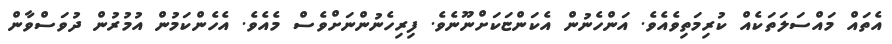
އެތައް މައްސަލަތަކެއް ކުރިމަތިވެއެވެ. އަންހެނުން އެކަންޏަކަށްނޫނެވެ. ފިރިހެނުންނަށްވެސް މެއެވެ. އެހެންކަމުން އުމުރުން ދުވަސްވާން